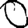
Digit: 0